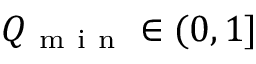
Q _ { \mathrm { ~ m ~ i ~ n ~ } } \in ( 0 , 1 ]